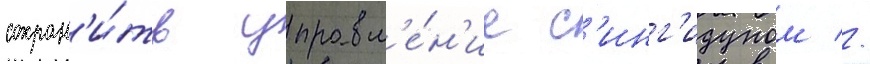
сохран'и́ть управл'е́н'ие с'инг'идуном //